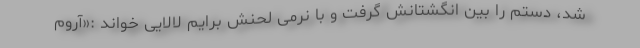
شد، دستم را بین انگشتانش گرفت و با نرمی لحنش برایم لالایی خواند :«آروم